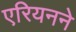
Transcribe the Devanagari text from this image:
एरियनने